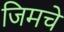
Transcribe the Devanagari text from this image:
जिमचे